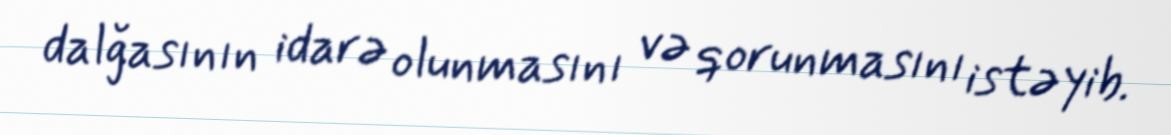
dalğasının idarə olunmasını və qorunmasını istəyib.